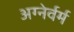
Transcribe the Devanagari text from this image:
अग्नेर्वर्म